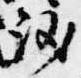
議